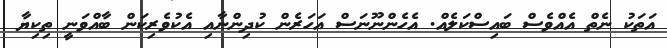
އަތަކު ނެތް އެއްވެސް ބައިސްކަލެއް. އެހެންނޫނަސް އަހަރެން ކުދިންނާއި އެކުވެރިކަން ބާއްވަނީ ތިކިޔާ